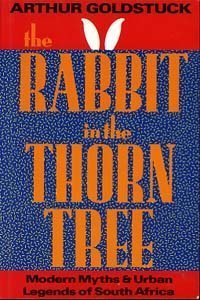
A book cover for The Rabbit in the Thorn Tree; Arthur Goldstuck; Humor & Entertainment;